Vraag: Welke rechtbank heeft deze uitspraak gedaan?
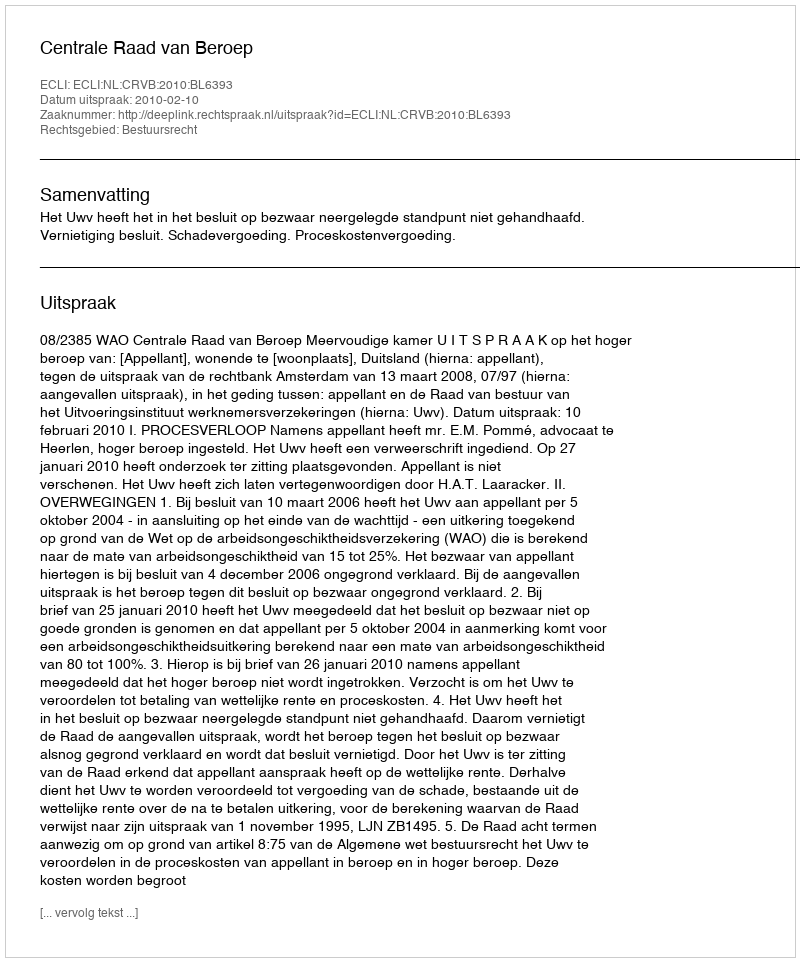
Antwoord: Centrale Raad van Beroep